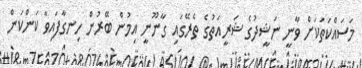
މަސައްކަތަކަށް ވާނީ ނަޝީދުގެ ޝަރީއަތުގެ ތެރޭގައި ގާނޫނީ އިމުން ބޭރުން ހިނގާފައިވާ ކަންކަން